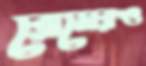
রোমেরও